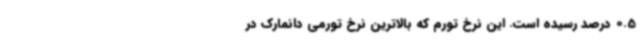
0.5 درصد رسیده است. این نرخ تورم که بالاترین نرخ تورمی دانمارک در